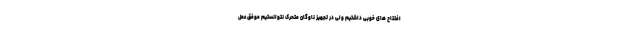
افتتاح های خوبی داشتیم ولی در تجهیز ناوگان متحرک نتوانستیم موفق عمل